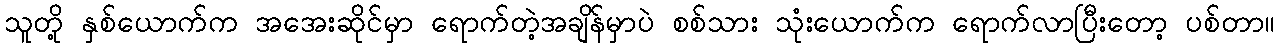
သူတို့ နှစ်ယောက်က အအေးဆိုင်မှာ ရောက်တဲ့အချိန်မှာပဲ စစ်သား သုံးယောက်က ရောက်လာပြီးတော့ ပစ်တာ။